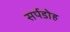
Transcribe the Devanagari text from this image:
सर्पडोह